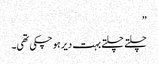
”
چلتے چلتے بہت دیر ہو چکی تھی۔